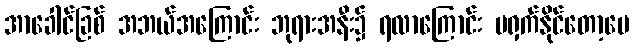
အာခေါင်ခြစ် အဘယ်အကြောင်း ဘုရားအနီး၌ ရလာကြောင်း မရှက်နိုင်တော့ပေ